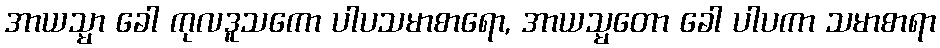
အာယသ္မာ ခေါ ကုလဒူသကော ပါပသမာစာရော, အာယသ္မတော ခေါ ပါပကာ သမာစာရာ